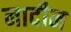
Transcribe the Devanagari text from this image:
नादीन